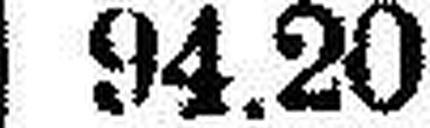
94.20